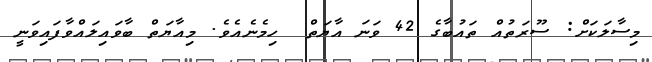
މިސާލަކަށް: ސޫރަތުއް ތައުބާގެ 42 ވަނަ އާޔަތް  ހިމެނެއެވެ. މިއާޔަތް ބާވައިލައްވާފައިވަނީ